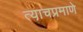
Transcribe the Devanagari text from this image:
त्या़चप्रमाणे